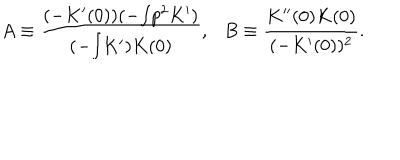
LaTeX: A \equiv \frac { ( - K ^ { \prime } ( 0 ) ) ( - { \textstyle \int } p ^ { 2 } K ^ { \prime } ) } { ( - { \textstyle \int } K ^ { \prime } ) K ( 0 ) } , \ \ \ B \equiv \frac { K ^ { \prime \prime } ( 0 ) K ( 0 ) } { ( - K ^ { \prime } ( 0 ) ) ^ { 2 } } .